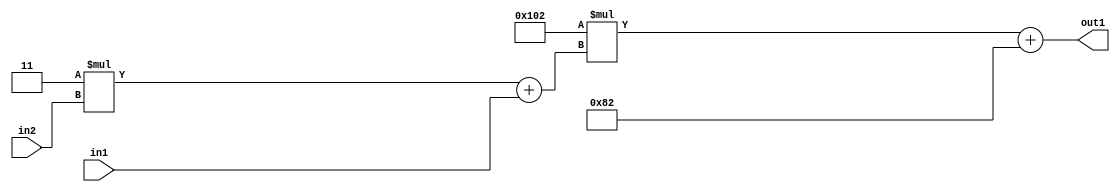
`timescale 1ps / 1ps
/*****************************************************************************
    Verilog RTL Description
    
    
    Created by: Stratus DpOpt 2019.1.01 
*******************************************************************************/

module DC_Filter_Add2i130Mul2i258Add2u1Mul2i3u2_4 (
	in2,
	in1,
	out1
	); /* architecture "behavioural" */ 
input [1:0] in2;
input  in1;
output [11:0] out1;
wire [11:0] asc001;
wire [3:0] asc002;

wire [3:0] asc002_tmp_0;
assign asc002_tmp_0 = 
	+(4'B0011 * in2);
assign asc002 = asc002_tmp_0
	+(in1);

wire [11:0] asc001_tmp_1;
assign asc001_tmp_1 = 
	+(12'B000100000010 * asc002);
assign asc001 = asc001_tmp_1
	+(12'B000010000010);

assign out1 = asc001;
endmodule

/* CADENCE  v7X0Tgs= : u9/ySgnWtBlWxVPRXgAZ4Og= ** DO NOT EDIT THIS LINE ******/